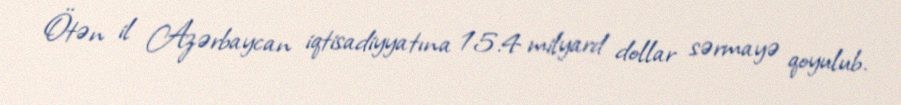
Ötən il Azərbaycan iqtisadiyyatına 15.4 milyard dollar sərmayə qoyulub.